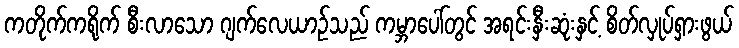
ကတိုက်ကရိုက် စီးလာသော ဂျက်လေယာဉ်သည် ကမ္ဘာပေါ်တွင် အရင်းနှီးဆုံးနှင့် စိတ်လှုပ်ရှားဖွယ်